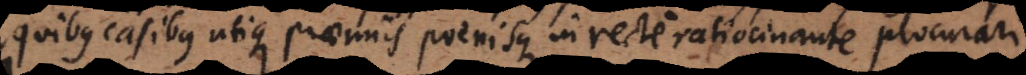
us utique praemiis poenisque in recte ratiocinante procurari